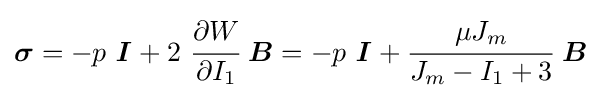
{\boldsymbol {\sigma }}=-p~{\boldsymbol {\mathit {I}}}+2~{\cfrac {\partial W}{\partial I_{1}}}~{\boldsymbol {B}}=-p~{\boldsymbol {\mathit {I}}}+{\cfrac {\mu J_{m}}{J_{m}-I_{1}+3}}~{\boldsymbol {B}}